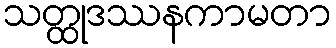
သတ္ထုဒဿနကာမတာ